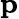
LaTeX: \mathbf{p}